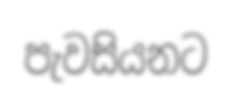
පැවසියනට